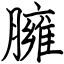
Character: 臃